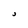
Character: j